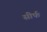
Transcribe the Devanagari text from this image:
सीर्फ